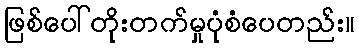
ဖြစ်ပေါ်တိုးတက်မှုပုံစံပေတည်း။